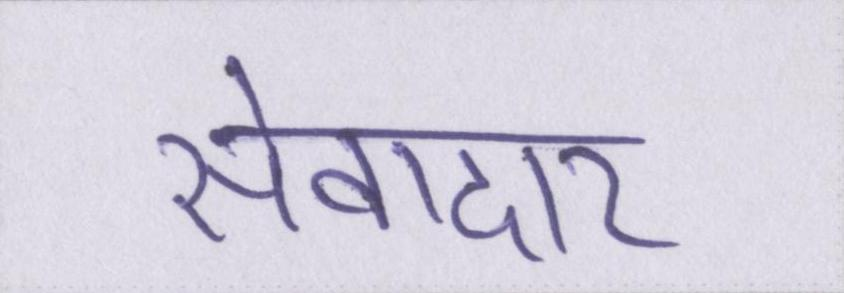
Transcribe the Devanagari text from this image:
सेवादार